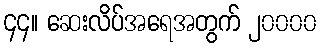
၄၄။ ဆေးလိပ်အရေအတွက် ၂၀၀၀၀